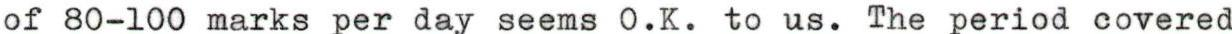
of 80-100 marks per day seems O.K. to us. The period covered